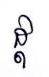
ដ្ដ